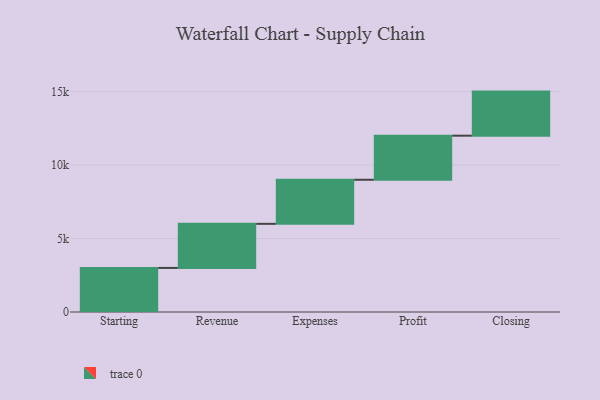
{"axis": {"x": "Step", "y": "Value"}, "legend": [""], "data": [{"x": "Starting", "y": 3000, "type": ""}, {"x": "Revenue", "y": 3000, "type": ""}, {"x": "Expenses", "y": 3000, "type": ""}, {"x": "Profit", "y": 3000, "type": ""}, {"x": "Closing", "y": 3000, "type": ""}]}